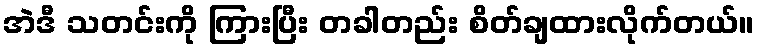
အဲဒီ သတင်းကို ကြားပြီး တခါတည်း စိတ်ချထားလိုက်တယ်။